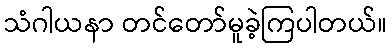
သံဂါယနာ တင်တော်မူခဲ့ကြပါတယ်။